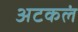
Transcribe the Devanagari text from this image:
अटकलं